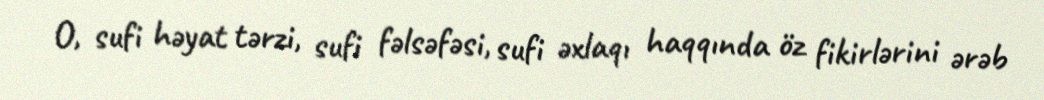
O, sufi həyat tərzi, sufi fəlsəfəsi, sufi əxlaqı haqqında öz fikirlərini ərəb